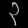
Digit: ၃